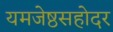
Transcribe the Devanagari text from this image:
यमजेष्ठसहोदर